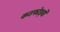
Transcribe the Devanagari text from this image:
कठफोड़वों